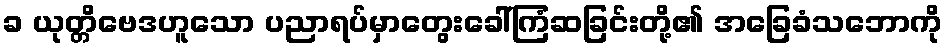
ခ ယုတ္တိဗေဒဟူသော ပညာရပ်မှာတွေးခေါ်ကြံဆခြင်းတို့၏ အခြေခံသဘောကို